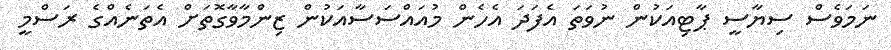
ނަމަވެސް ސިޔާސީ ޕާޓިއަކުން ނުވަތަ އެފަދަ އެހެން މުއައްސަސާއަކުން ޒިންމާވާގޮތަށް އެތަނެއްގެ ރަސްމީ